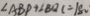
\angle A B P + \angle B Q C = 1 8 0